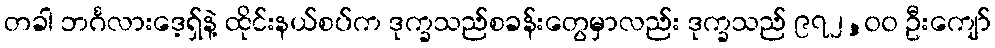
တခါ ဘင်္ဂလားဒေ့ရှ်နဲ့ ထိုင်းနယ်စပ်က ဒုက္ခသည်စခန်းတွေမှာလည်း ဒုက္ခသည် ၉၇၂,၀၀ ဦးကျော်